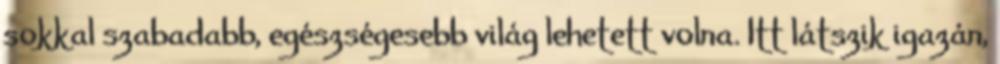
sokkal szabadabb, egészségesebb világ lehetett volna. Itt látszik igazán,